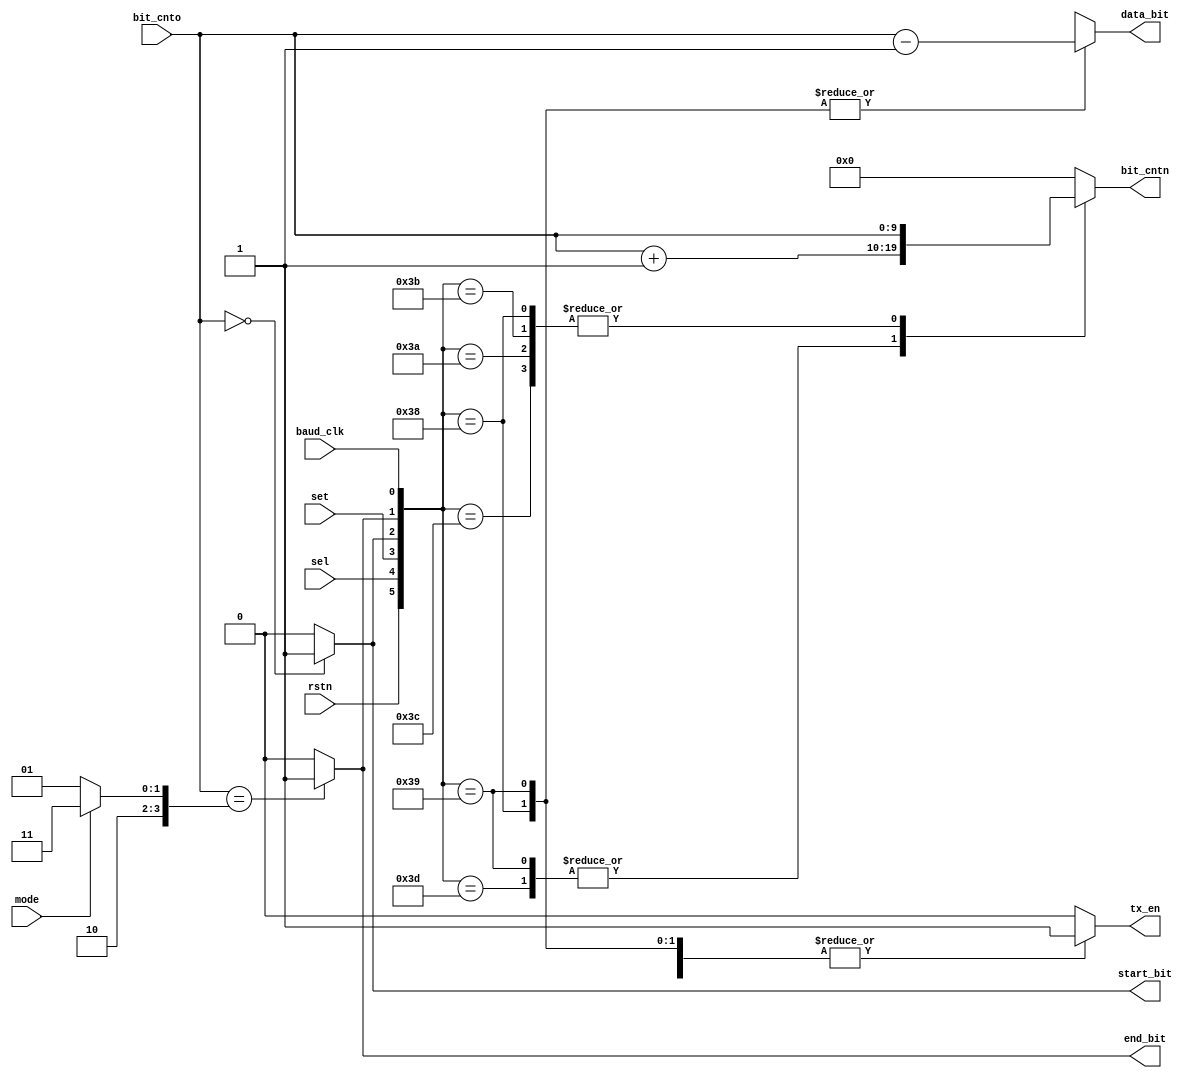
/* ----------------------------------------
		!!! TX Control module !!!
	----------------------------------------
	
	Determine data bit for transmission
	
*/

module apb_tx_cp
(
	// Inputs:
	input wire			rstn,			// active LOW to reset
	input wire			sel,			// activate apb_tx module
	input wire			set,			// set DUTY & PERIOD. enable PWM
	input wire			baud_clk,	// signal to transmit next bit
	input wire [9:0]  bit_cnto,	// # bit transmitted
	input wire			mode,			// switch between 8 bit & 10 bit tx
	
	// Outputs:
	output reg [9:0] bit_cntn,		// index of bit transmitting now
	output reg		  tx_en,			// signal HIGH to tx data
	output wire		  start_bit,	// signal HIGH for tx start bit
	output wire		  end_bit,		// signal HIGH for tx end bit
	output reg [9:0] data_bit		// which data bit to tx
);


/* -------------------
	internal wires/regs
	------------------- */
localparam eight_bit = 9;
localparam ten_bit   = 11;
wire [9:0]  upper_cnt;


/* ----------------
	conditions check
	---------------- */
assign upper_cnt = (mode	  == 1'b1)		 ? ten_bit : eight_bit;
assign start_bit = (bit_cnto == 10'b0)		 ? 1'b1 	  : 1'b0;
assign end_bit	  = (bit_cnto == upper_cnt) ? 1'b1 	  : 1'b0;


/* -------------
	CONTROL Logic
	------------- */
always @ *
begin
	
	casex ({rstn, sel, set, start_bit, end_bit, baud_clk})

		// reset
		{1'b0, 1'bx, 1'bx, 1'bx , 1'bx, 1'bx}: begin
																tx_en 	= 1'b0;
																bit_cntn = 10'b0;
																data_bit = 10'bx;
															end
	
		// Data bit. Current bit
		{1'b1, 1'b1, 1'b1, 1'b0 , 1'b0, 1'b0}: begin
																tx_en 	= 1'b1;
																bit_cntn = bit_cnto;
																data_bit = bit_cnto - 10'b1;
															end
		
		// Data bit. Prep next bit
		{1'b1, 1'b1, 1'b1, 1'b0 , 1'b0, 1'b1}: begin
																tx_en 	= 1'b1;
																bit_cntn = bit_cnto + 10'b1;
																data_bit = bit_cnto - 10'b1;
															end	
		
		// Start bit. Current bit
		{1'b1, 1'b1, 1'b1, 1'b1 , 1'b0, 1'b0}: begin
																tx_en 	= 1'b1;
																bit_cntn = bit_cnto;
																data_bit = 10'bx;
															end
		
		// Start bit. Prep next bit
		{1'b1, 1'b1, 1'b1, 1'b1 , 1'b0, 1'b1}: begin
																tx_en 	= 1'b1;
																bit_cntn = bit_cnto + 10'b1;
																data_bit = 10'bx;
															end					
		
		// End bit. Current bit
		{1'b1, 1'b1, 1'b1, 1'b0 , 1'b1, 1'b0}: begin
																tx_en 	= 1'b1;
																bit_cntn = bit_cnto;
																data_bit = 10'bx;
															end
											
		// End bit. Prep next bit			
		{1'b1, 1'b1, 1'b1, 1'b0 , 1'b1, 1'b1}: begin
																tx_en 	= 1'b1;
																bit_cntn = bit_cnto;
																data_bit = 10'bx;
															end					
		
		default: begin
						tx_en 	= 1'b0;
						bit_cntn = 10'b0;
						data_bit = 10'bx;
					end
	
	endcase

end

endmodule